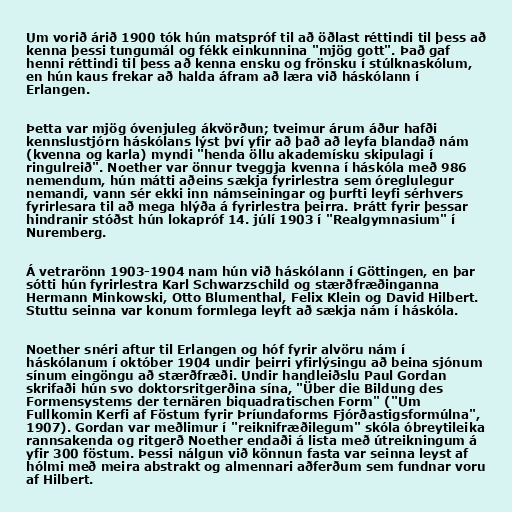
Um vorið árið 1900 tók hún matspróf til að öðlast réttindi til þess að
kenna þessi tungumál og fékk einkunnina "mjög gott". Það gaf
henni réttindi til þess að kenna ensku og frönsku í stúlknaskólum,
en hún kaus frekar að halda áfram að læra við háskólann í
Erlangen.

Þetta var mjög óvenjuleg ákvörðun; tveimur árum áður hafði
kennslustjórn háskólans lýst því yfir að það að leyfa blandað nám
(kvenna og karla) myndi "henda öllu akademísku skipulagi í
ringulreið". Noether var önnur tveggja kvenna í háskóla með 986
nemendum, hún mátti aðeins sækja fyrirlestra sem óreglulegur
nemandi, vann sér ekki inn námseiningar og þurfti leyfi sérhvers
fyrirlesara til að mega hlýða á fyrirlestra þeirra. Þrátt fyrir þessar
hindranir stóðst hún lokapróf 14. júlí 1903 í "Realgymnasium" í
Nuremberg.

Á vetrarönn 1903-1904 nam hún við háskólann í Göttingen, en þar
sótti hún fyrirlestra Karl Schwarzschild og stærðfræðinganna
Hermann Minkowski, Otto Blumenthal, Felix Klein og David Hilbert.
Stuttu seinna var konum formlega leyft að sækja nám í háskóla.

Noether snéri aftur til Erlangen og hóf fyrir alvöru nám í
háskólanum í október 1904 undir þeirri yfirlýsingu að beina sjónum
sínum eingöngu að stærðfræði. Undir handleiðslu Paul Gordan
skrifaði hún svo doktorsritgerðina sína, "Über die Bildung des
Formensystems der ternären biquadratischen Form" ("Um
Fullkomin Kerfi af Föstum fyrir Þríundaforms Fjórðastigsformúlna",
1907). Gordan var meðlimur í "reiknifræðilegum" skóla óbreytileika
rannsakenda og ritgerð Noether endaði á lista með útreikningum á
yfir 300 föstum. Þessi nálgun við könnun fasta var seinna leyst af
hólmi með meira abstrakt og almennari aðferðum sem fundnar voru
af Hilbert.